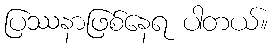
ပြဿနာဖြစ်နေရ ပါတယ်။